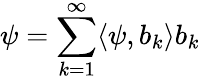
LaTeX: \psi=\sum_{k=1}^{\infty}\langle\psi,b_{k}\rangle b_{k}